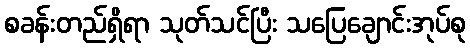
စခန်းတည်ရှိရာ သုတ်သင်ပြီး သပြေချောင်းအုပ်စု